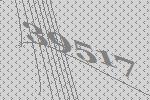
39517